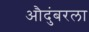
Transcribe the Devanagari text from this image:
औदुंबरला